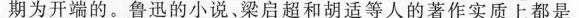
期为开端的。鲁迅的小说、梁启超和胡适等人的著作实质上都是